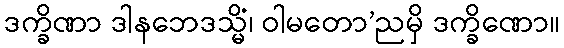
ဒက္ခိဏာ ဒါနဘေဒသ္မိံ၊ ဝါမတော’ညမှိ ဒက္ခိဏော။